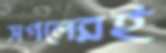
সগলেরই